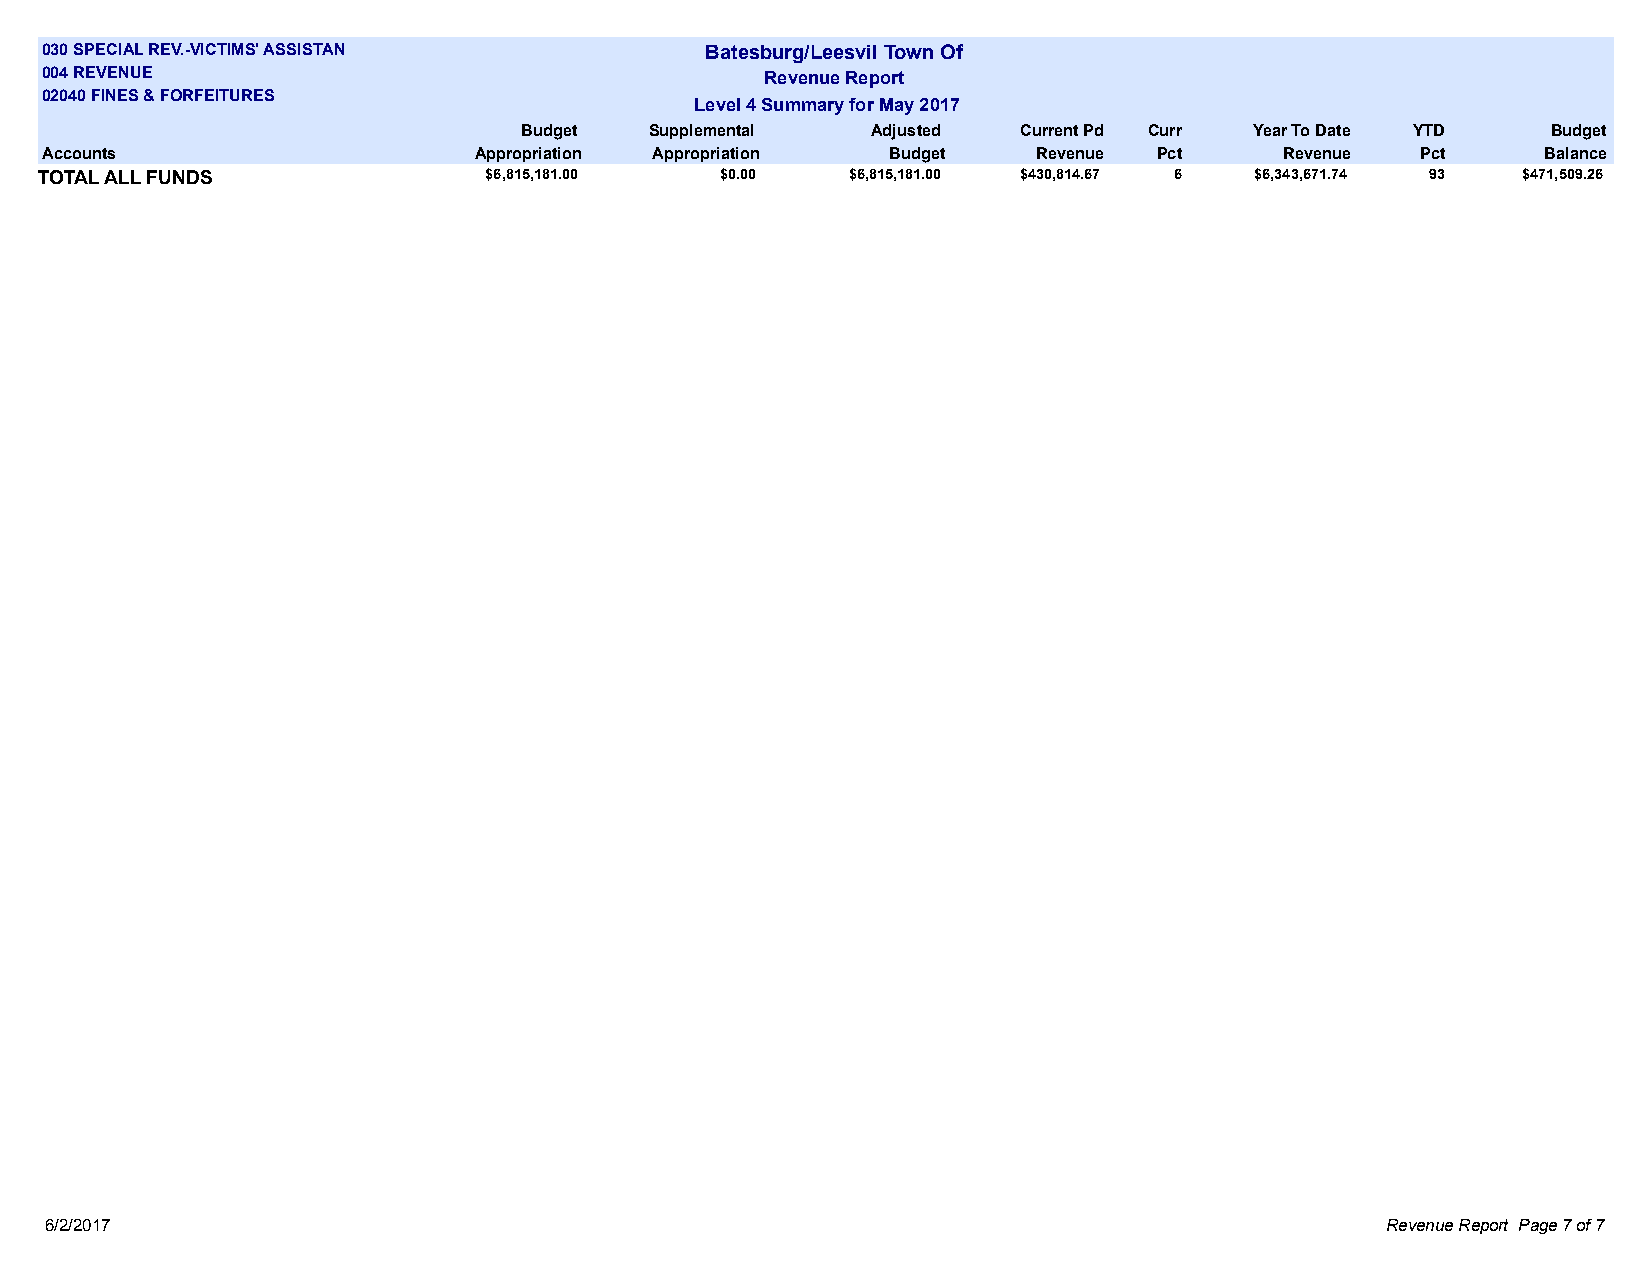
030 SPECIAL REV.-VICTIMS' ASSISTAN          Batesburg/Leesvil Town Of
 004 REVENUE                                     Revenue Report
 02040 FINES & FORFEITURES
 Level 4 Summary for May 2017
 Budget  Supplemental   Adjusted  Current Pd Curr Year To Date YTD   Budget
 Accounts                    Appropriation Appropriation Budget    Revenue Pct     Revenue  Pct     Balance
 TOTAL ALL FUNDS               $6,815,181.00   $0.00   $6,815,181.00 $430,814.67 6 $6,343,671.74 93 $471,509.26
 6/2/2017                                                                                 Revenue Report Page 7 of 7